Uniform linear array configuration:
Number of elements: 8
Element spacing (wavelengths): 0.75
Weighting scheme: blackman
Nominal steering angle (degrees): -15
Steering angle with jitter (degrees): -16.497
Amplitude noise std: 0.05
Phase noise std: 0.05

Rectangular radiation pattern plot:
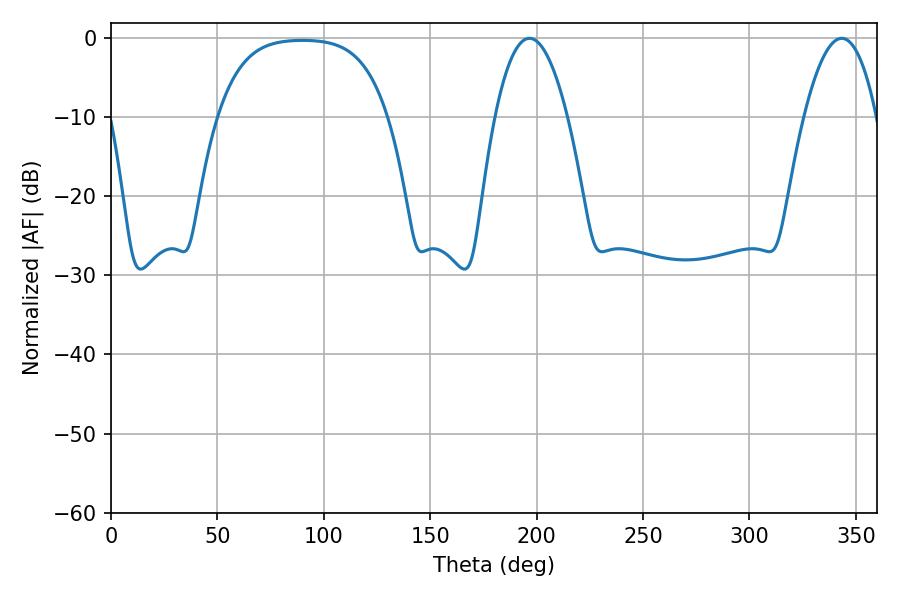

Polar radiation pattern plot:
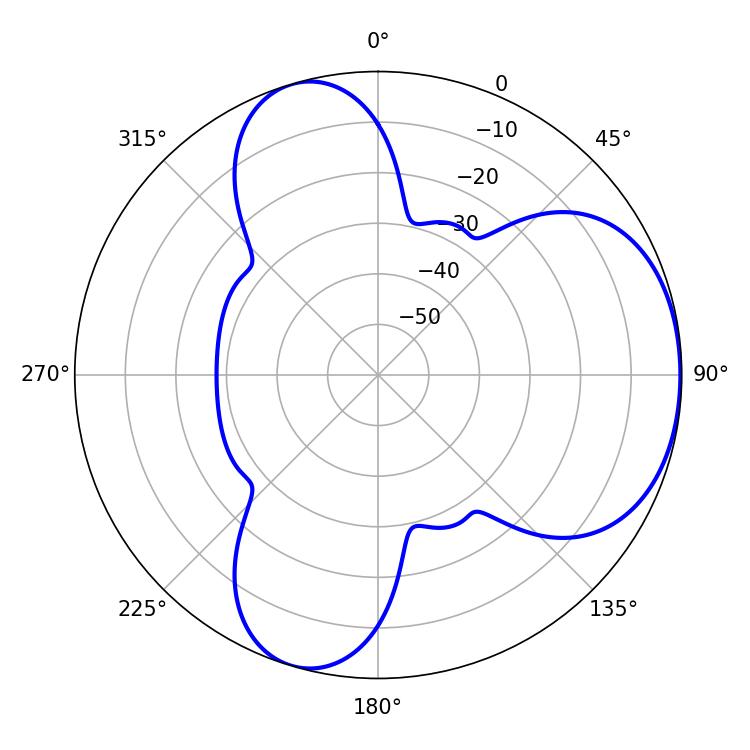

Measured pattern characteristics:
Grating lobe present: TRUE
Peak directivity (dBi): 4.846
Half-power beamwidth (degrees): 18.72
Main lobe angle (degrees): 196.56